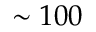
\sim 1 0 0